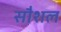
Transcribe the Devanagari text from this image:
सौशल